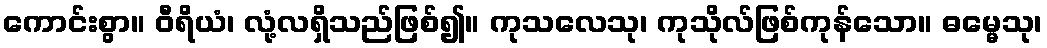
ကောင်းစွာ။ ဝီရိယံ၊ လုံ့လရှိသည်ဖြစ်၍။ ကုသလေသု၊ ကုသိုလ်ဖြစ်ကုန်သော။ ဓမ္မေသု၊